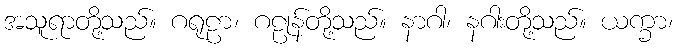
အသူရာတို့သည်။ ဂရုဠာ၊ ဂဠုန်တို့သည်။ နာဂါ၊ နဂါးတို့သည်။ ယက္ခာ၊